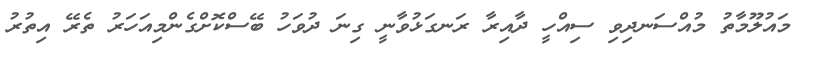
މައުލޫމާތު މުއްސަނދިވި ސިއްހީ ދާއިރާ ރަނގަޅުވާނީ ގިނަ ދުވަހު ބޭސްކޮށްގެންމިއަހަރު ތެރޭ އިތުރު